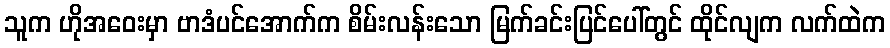
သူက ဟိုအဝေးမှာ ဗာဒံပင်အောက်က စိမ်းလန်းသော မြက်ခင်းပြင်ပေါ်တွင် ထိုင်လျက လက်ထဲက